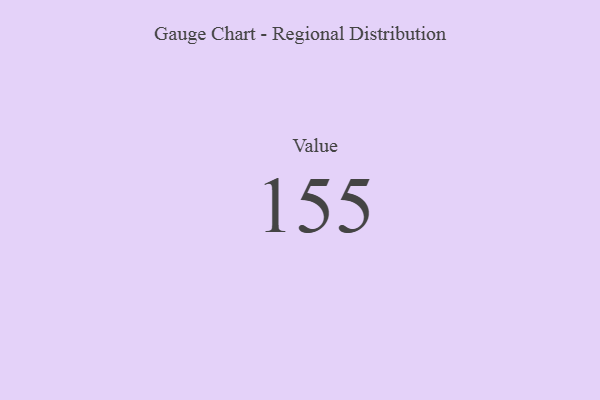
{"axis": {"x": "Metric", "y": "Value"}, "legend": [""], "data": [{"x": "Value", "y": 155, "type": ""}]}